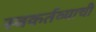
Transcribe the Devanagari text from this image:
स्वकर्तव्याची